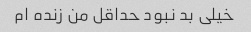
خیلی بد نبود حداقل من زنده ام